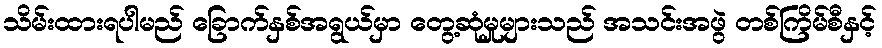
သိမ်းထားရပါမည် ခြောက်နှစ်အရွယ်မှာ တွေ့ဆုံမှုများသည် အသင်းအဖွဲ တစ်ကြိမ်စီနှင့်